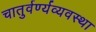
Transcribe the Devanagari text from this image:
चातुर्वर्ण्यव्यवस्था